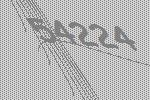
54224